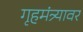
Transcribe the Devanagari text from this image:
गृहमंत्र्यावर